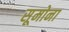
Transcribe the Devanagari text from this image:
सूमोना